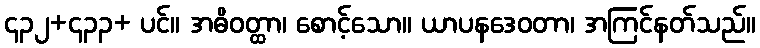
၄၃၂+၄၃၃+ ပင်။ အဓိဝတ္ထာ၊ စောင့်သော။ ယာပနဒေဝတာ၊ အကြင်နတ်သည်။